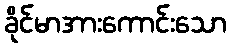
ခိုင်မာအားကောင်းသော